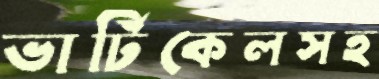
ভার্টিকেলসহ